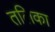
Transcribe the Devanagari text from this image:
तलिका